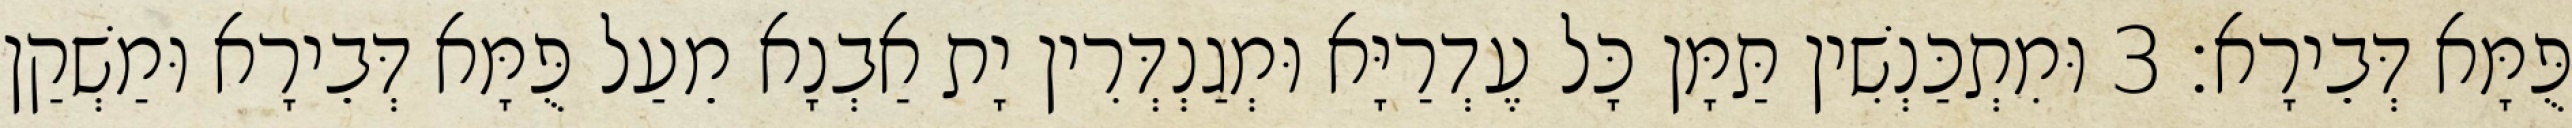
פֻּמָּא דְּבֵירָא׃ 3 וּמִתְכַּנְשִׁין תַּמָּן כָּל עֶדְרַיָּא וּמְגַנְדְּרִין יָת אַבְנָא מֵעַל פֻּמָּא דְּבֵירָא וּמַשְׁקַן